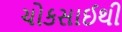
ચોકસાઈથી